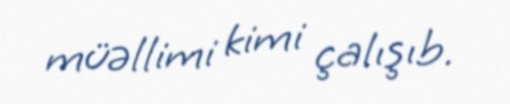
müəllimi kimi çalışıb.